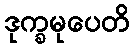
ဒုက္ခမုပေတိ